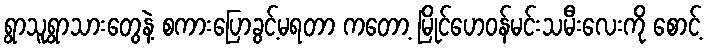
ရွာသူရွာသားတွေနဲ့ စကားပြောခွင့်မရတာ ကတော့ မြိုင်ဟေဝန်မင်းသမီးလေးကို စောင့်